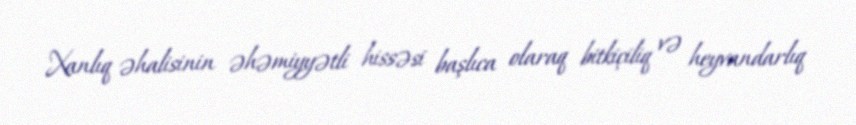
Xanlıq əhalisinin əhəmiyyətli hissəsi başlıca olaraq bitkiçiliq və heyvandarlıq